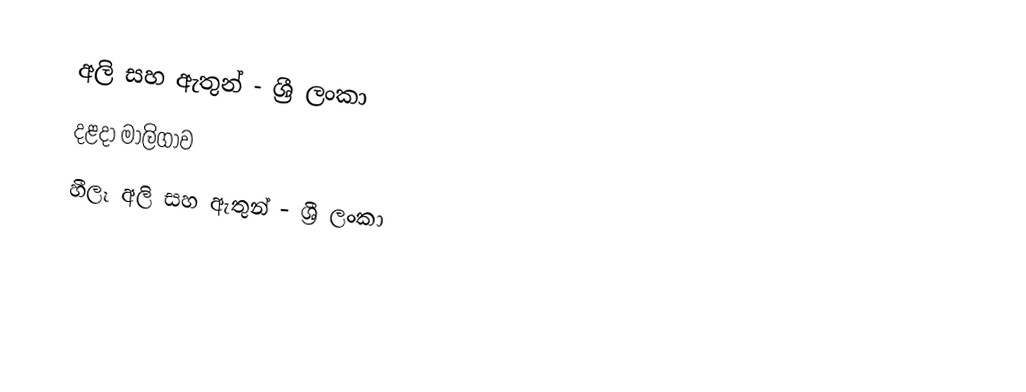
අලි සහ ඇතුන් - ශ්‍රී ලංකා
දළදා මාලිගාව
හීලෑ අලි සහ ඇතුන් - ශ්‍රී ලංකා